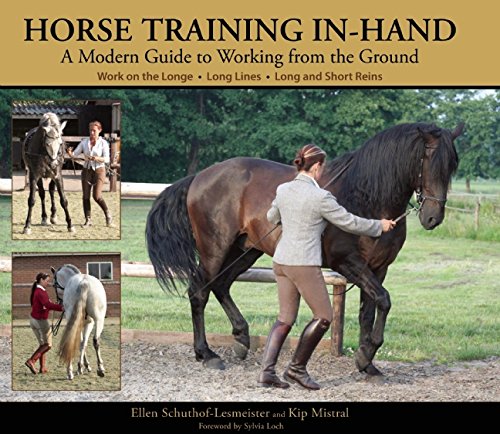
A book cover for Horse Training In-Hand: A Modern Guide to Working from the Ground; Ellen Schuthof-Lesmeister; Crafts, Hobbies & Home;